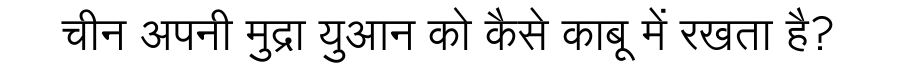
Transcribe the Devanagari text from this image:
चीन अपनी मुद्रा युआन को कैसे काबू में रखता है?